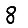
Digit: 8